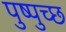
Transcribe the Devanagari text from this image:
पुष्पुच्छ